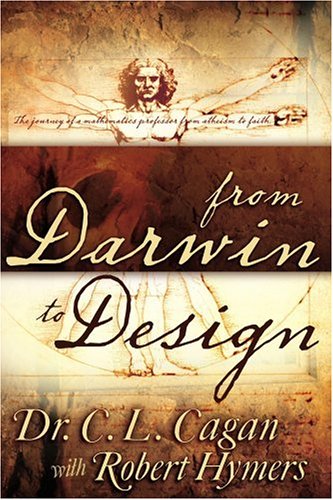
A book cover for From Darwin To Design; C. L. Cagan With Robert Hymers; Christian Books & Bibles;